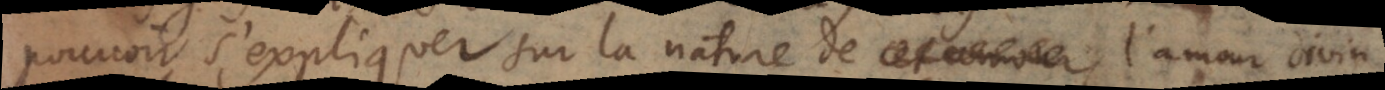
pouvoir s’expliquer sur la nature de cet amour l’amour divin